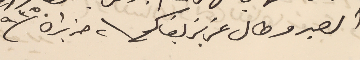
الصبر وطال عزيز بقاكم  ٢ حزيران / ٩٣٥